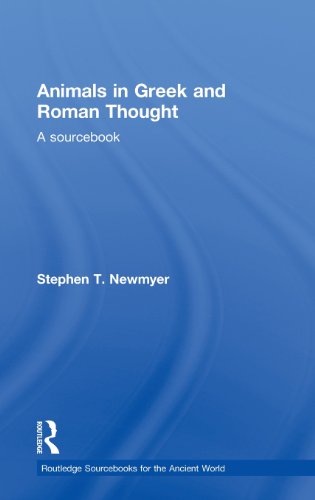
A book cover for Animals in Greek and Roman Thought: A Sourcebook (Routledge Sourcebooks for the Ancient World); Stephen Newmyer; Science & Math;